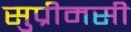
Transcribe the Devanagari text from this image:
सुप्रीमसी